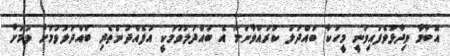
އޮބާމާ ވިދާޅުވެފައިވަނީ މީހަކާ ބައްދަލު ކުރައްވާނަމަ އެ ބައްދަލުވުމަކީ އުފެއްދުންތެރި ބައްދަލުވުމަށް ވުމަށް